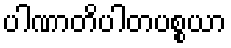
ပါဏာတိပါတပစ္စယာ